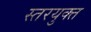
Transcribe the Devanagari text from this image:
स्तरयुक्त